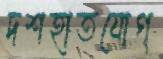
দশহাতযোগ্